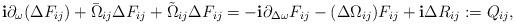
LaTeX: \begin{align*}\mathbf{i}\partial_{\omega}(\Delta F_{ij})+\bar{\Omega}_{ij}\Delta F_{ij}+\tilde{\Omega}_{ij}\Delta F_{ij}=-\mathbf{i}\partial_{\Delta\omega}F_{ij}-(\Delta\Omega_{ij})F_{ij}+\mathbf{i}\Delta R_{ij}:=Q_{ij},\end{align*}